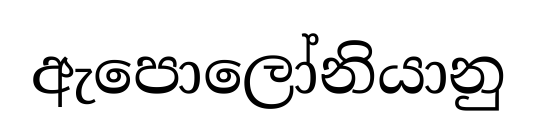
ඇපොලෝනියානු